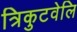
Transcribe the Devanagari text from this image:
त्रिकुटवेलि